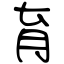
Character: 育